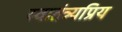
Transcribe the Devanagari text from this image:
स्वातंत्र्यप्रिय